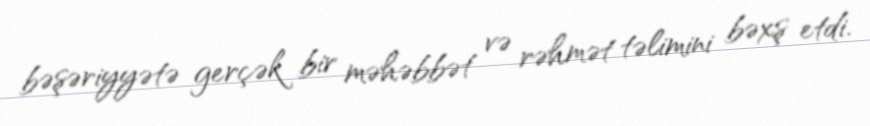
bəşəriyyətə gerçək bir məhəbbət və rəhmət təlimini bəxş etdi.